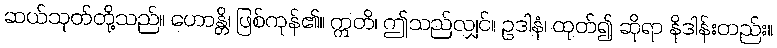
ဆယ်သုတ်တို့သည်။ ဟောန္တိ၊ ဖြစ်ကုန်၏။ ဣတိ၊ ဤသည်လျှင်။ ဥဒါနံ၊ ထုတ်၍ ဆိုရာ နိဒါန်းတည်း။